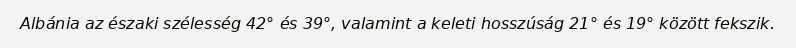
Albánia az északi szélesség 42° és 39°, valamint a keleti hosszúság 21° és 19° között fekszik.